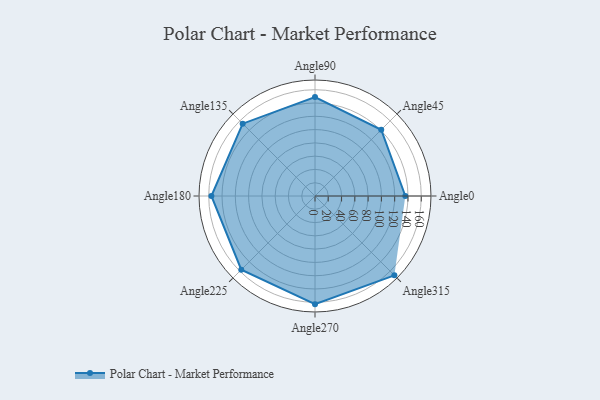
{"axis": {"x": "Angle", "y": "Radius"}, "legend": [""], "data": [{"x": "Angle0", "y": 136.0, "type": ""}, {"x": "Angle45", "y": 141.0, "type": ""}, {"x": "Angle90", "y": 149.0, "type": ""}, {"x": "Angle135", "y": 154.0, "type": ""}, {"x": "Angle180", "y": 156.0, "type": ""}, {"x": "Angle225", "y": 157.0, "type": ""}, {"x": "Angle270", "y": 163.0, "type": ""}, {"x": "Angle315", "y": 169.0, "type": ""}]}